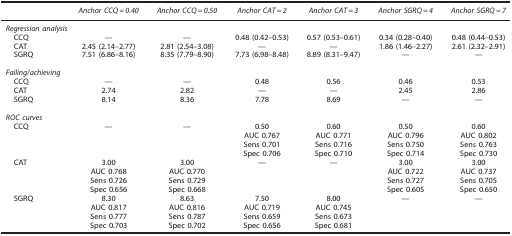
<table><thead><tr><td><b> </b></td><td><b><i>Anchor CCQ=0.40</i></b></td><td><b><i>Anchor CCQ=0.50</i></b></td><td><b><i>Anchor CAT=2</i></b></td><td><b><i>Anchor CAT=3</i></b></td><td><b><i>Anchor SGRQ=4</i></b></td><td><b><i>Anchor SGRQ=7</i></b></td></tr></thead><tbody><tr><td colspan="7"><i>Regression analysis</i></td></tr><tr><td> CCQ</td><td>—</td><td>—</td><td>0.48 (0.42–0.53)</td><td>0.57 (0.53–0.61)</td><td>0.34 (0.28–0.40)</td><td>0.48 (0.44–0.53)</td></tr><tr><td> CAT</td><td>2.45 (2.14–2.77)</td><td>2.81 (2.54–3.08)</td><td>—</td><td>—</td><td>1.86 (1.46–2.27)</td><td>2.61 (2.32–2.91)</td></tr><tr><td> SGRQ</td><td>7.51 (6.86–8.16)</td><td>8.35 (7.79–8.90)</td><td>7.73 (6.98–8.48)</td><td>8.89 (8.31–9.47)</td><td>—</td><td>—</td></tr><tr><td> </td><td> </td><td> </td><td> </td><td> </td><td> </td><td> </td></tr><tr><td><i>Failing/achieving</i></td><td> </td><td> </td><td> </td><td> </td><td> </td><td> </td></tr><tr><td> CCQ</td><td>—</td><td>—</td><td>0.48</td><td>0.56</td><td>0.46</td><td>0.53</td></tr><tr><td> CAT</td><td>2.74</td><td>2.82</td><td>—</td><td>—</td><td>2.45</td><td>2.86</td></tr><tr><td> SGRQ</td><td>8.14</td><td>8.36</td><td>7.78</td><td>8.69</td><td>—</td><td>—</td></tr><tr><td> </td><td> </td><td> </td><td> </td><td> </td><td> </td><td> </td></tr><tr><td><i>ROC curves</i></td><td> </td><td> </td><td> </td><td> </td><td> </td><td> </td></tr><tr><td> CCQ</td><td>—</td><td>—</td><td>0.50</td><td>0.60</td><td>0.50</td><td>0.60</td></tr><tr><td> </td><td> </td><td> </td><td>AUC 0.767</td><td>AUC 0.771</td><td>AUC 0.796</td><td>AUC 0.802</td></tr><tr><td> </td><td> </td><td> </td><td>Sens 0.701</td><td>Sens 0.716</td><td>Sens 0.750</td><td>Sens 0.763</td></tr><tr><td> </td><td> </td><td> </td><td>Spec 0.706</td><td>Spec 0.710</td><td>Spec 0.714</td><td>Spec 0.730</td></tr><tr><td> CAT</td><td>3.00</td><td>3.00</td><td>—</td><td>—</td><td>3.00</td><td>3.00</td></tr><tr><td> </td><td>AUC 0.768</td><td>AUC 0.770</td><td> </td><td> </td><td>AUC 0.722</td><td>AUC 0.737</td></tr><tr><td> </td><td>Sens 0.726</td><td>Sens 0.729</td><td> </td><td> </td><td>Sens 0.727</td><td>Sens 0.705</td></tr><tr><td> </td><td>Spec 0.656</td><td>Spec 0.668</td><td> </td><td> </td><td>Spec 0.605</td><td>Spec 0.650</td></tr><tr><td> SGRQ</td><td>8.30</td><td>8.63</td><td>7.50</td><td>8.00</td><td>—</td><td>—</td></tr><tr><td> </td><td>AUC 0.817</td><td>AUC 0.816</td><td>AUC 0.719</td><td>AUC 0.745</td><td> </td><td> </td></tr><tr><td> </td><td>Sens 0.777</td><td>Sens 0.787</td><td>Sens 0.659</td><td>Sens 0.673</td><td> </td><td> </td></tr><tr><td> </td><td>Spec 0.703</td><td>Spec 0.702</td><td>Spec 0.656</td><td>Spec 0.681</td><td> </td><td> </td></tr></tbody></table>